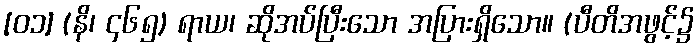
[၀၁] (နိ၊ ၄၆၅) ရာယ၊ ဆိုအပ်ပြီးသော အပြားရှိသော။ (ပီတိအဖွင့်၌